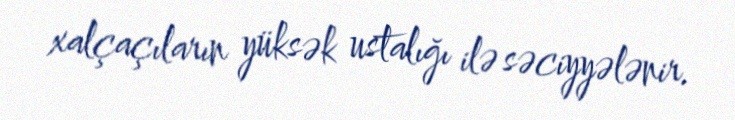
xalçaçıların yüksək ustalığı ilə səciyyələnir.